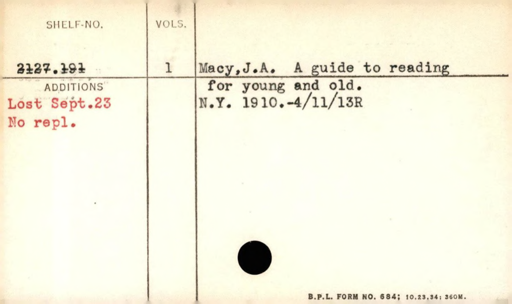
Label: content